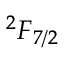
{ ^ 2 F } _ { 7 / 2 }